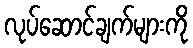
လုပ်ဆောင်ချက်များကို